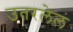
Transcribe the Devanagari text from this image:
उतरलेलं